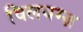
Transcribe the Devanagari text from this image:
विलयम्ज़